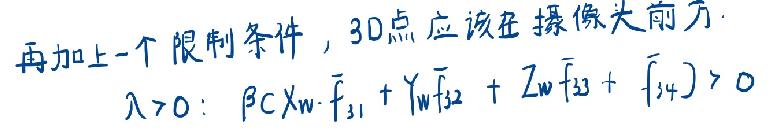
再加上一个限制条件，3D点应该在摄像头前方.
$\lambda>0: \beta\left(X_{w} \cdot \bar{f}_{31}+Y_{w} \bar{f}_{32}+Z_{w} \bar{f}_{33}+\bar{f}_{34}\right)>0$